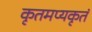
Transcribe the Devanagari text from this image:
कृतमप्यकृतं